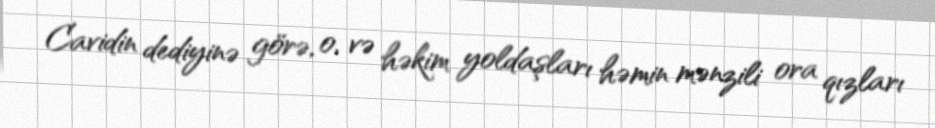
Cavidin dediyinə görə, o, və həkim yoldaşları həmin mənzili ora qızları